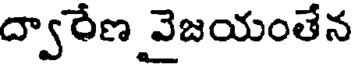
ద్వారేణ వైజయంతేన